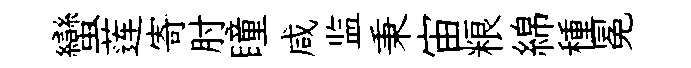
蠻莲寄肘瞳咸监秉宙粮綿種冕